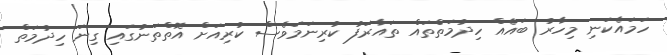
ހަމައެކަނި މިހާރު ބައެއް ހިދުމަތްތައް ތައާރަފު ކުރިނަމަވެސް ކުރިއަށް އޮތްތަނުގައި ގިނަ ހިދުމަތް